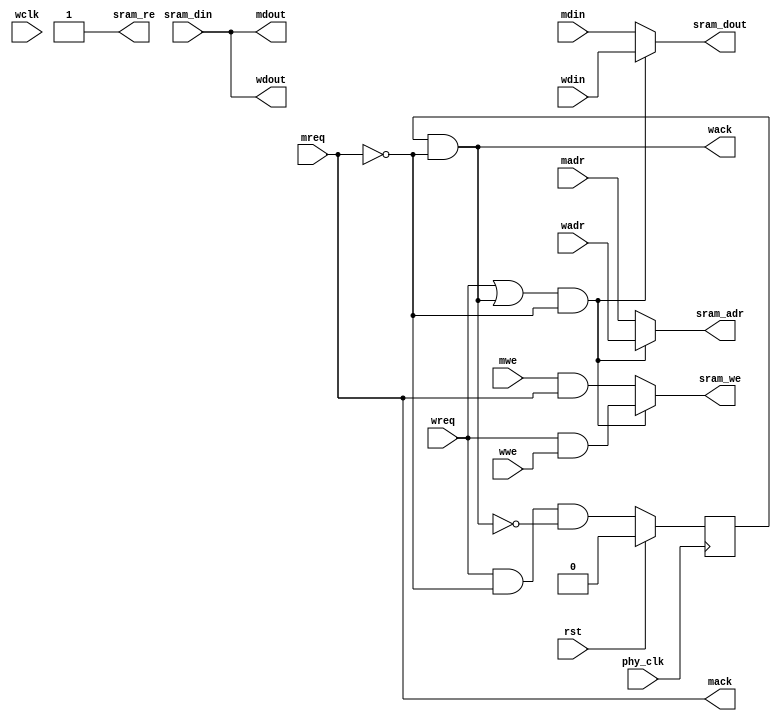
module usbf_mem_arb(	phy_clk, wclk, rst,

		// SSRAM Interface
		sram_adr, sram_din, sram_dout, sram_re, sram_we,

		// IDMA Memory Interface
		madr, mdout, mdin, mwe, mreq, mack,

		// WISHBONE Memory Interface
		wadr, wdout, wdin, wwe, wreq, wack

		);

parameter	SSRAM_HADR = 14;

input		phy_clk, wclk, rst;

output	[SSRAM_HADR:0]	sram_adr;
input	[31:0]	sram_din;
output	[31:0]	sram_dout;
output		sram_re, sram_we;

input	[SSRAM_HADR:0]	madr;
output	[31:0]	mdout;
input	[31:0]	mdin;
input		mwe;
input		mreq;
output		mack;

input	[SSRAM_HADR:0]	wadr;
output	[31:0]	wdout;
input	[31:0]	wdin;
input		wwe;
input		wreq;
output		wack;

///////////////////////////////////////////////////////////////////
//
// Local Wires and Registers
//

wire		wsel;
reg	[SSRAM_HADR:0]	sram_adr;
reg	[31:0]	sram_dout;
reg		sram_we;
wire		mack;
wire		mcyc;
reg		wack_r;

///////////////////////////////////////////////////////////////////
//
// Memory Arbiter Logic
//

// IDMA has always first priority

// -----------------------------------------
// Ctrl Signals

assign wsel = (wreq | wack) & !mreq;

// -----------------------------------------
// SSRAM Specific
// Data Path
always @(wsel or wdin or mdin)
	if(wsel)	sram_dout = wdin;
	else		sram_dout = mdin;

// Address Path
always @(wsel or wadr or madr)
	if(wsel)	sram_adr = wadr;
	else		sram_adr = madr;

// Write Enable Path
always @(wsel or wwe or wreq or mwe or mcyc)
	if(wsel)	sram_we = wreq & wwe;
	else		sram_we = mwe & mcyc;

assign sram_re = 1'b1;

// -----------------------------------------
// IDMA specific

assign mdout = sram_din;

assign mack = mreq;

assign mcyc = mack;	// Qualifier for writes

// -----------------------------------------
// WISHBONE specific
assign wdout = sram_din;

assign wack = wack_r & !mreq;

`ifdef USBF_ASYNC_RESET
always @(posedge phy_clk or negedge rst)
`else
always @(posedge phy_clk)
`endif
//XLNX_MODIFIED this is going to V5 and low resets tie up lut resources
//changing 
//	if(!rst)	wack_r <= 1'b0;
//to the prefered high reset
	if(rst)	wack_r <= 1'b0;
	else		wack_r <= wreq & !mreq & !wack;

endmodule